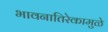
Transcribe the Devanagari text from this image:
भावनातिरेकामुळे